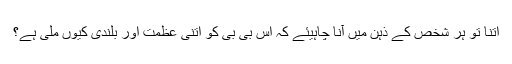
اتنا تو ہر شخص کے ذہن میں آنا چاہیئے کہ اس بی بی کو اتنی عظمت اور بلندی کیوں ملی ہے؟